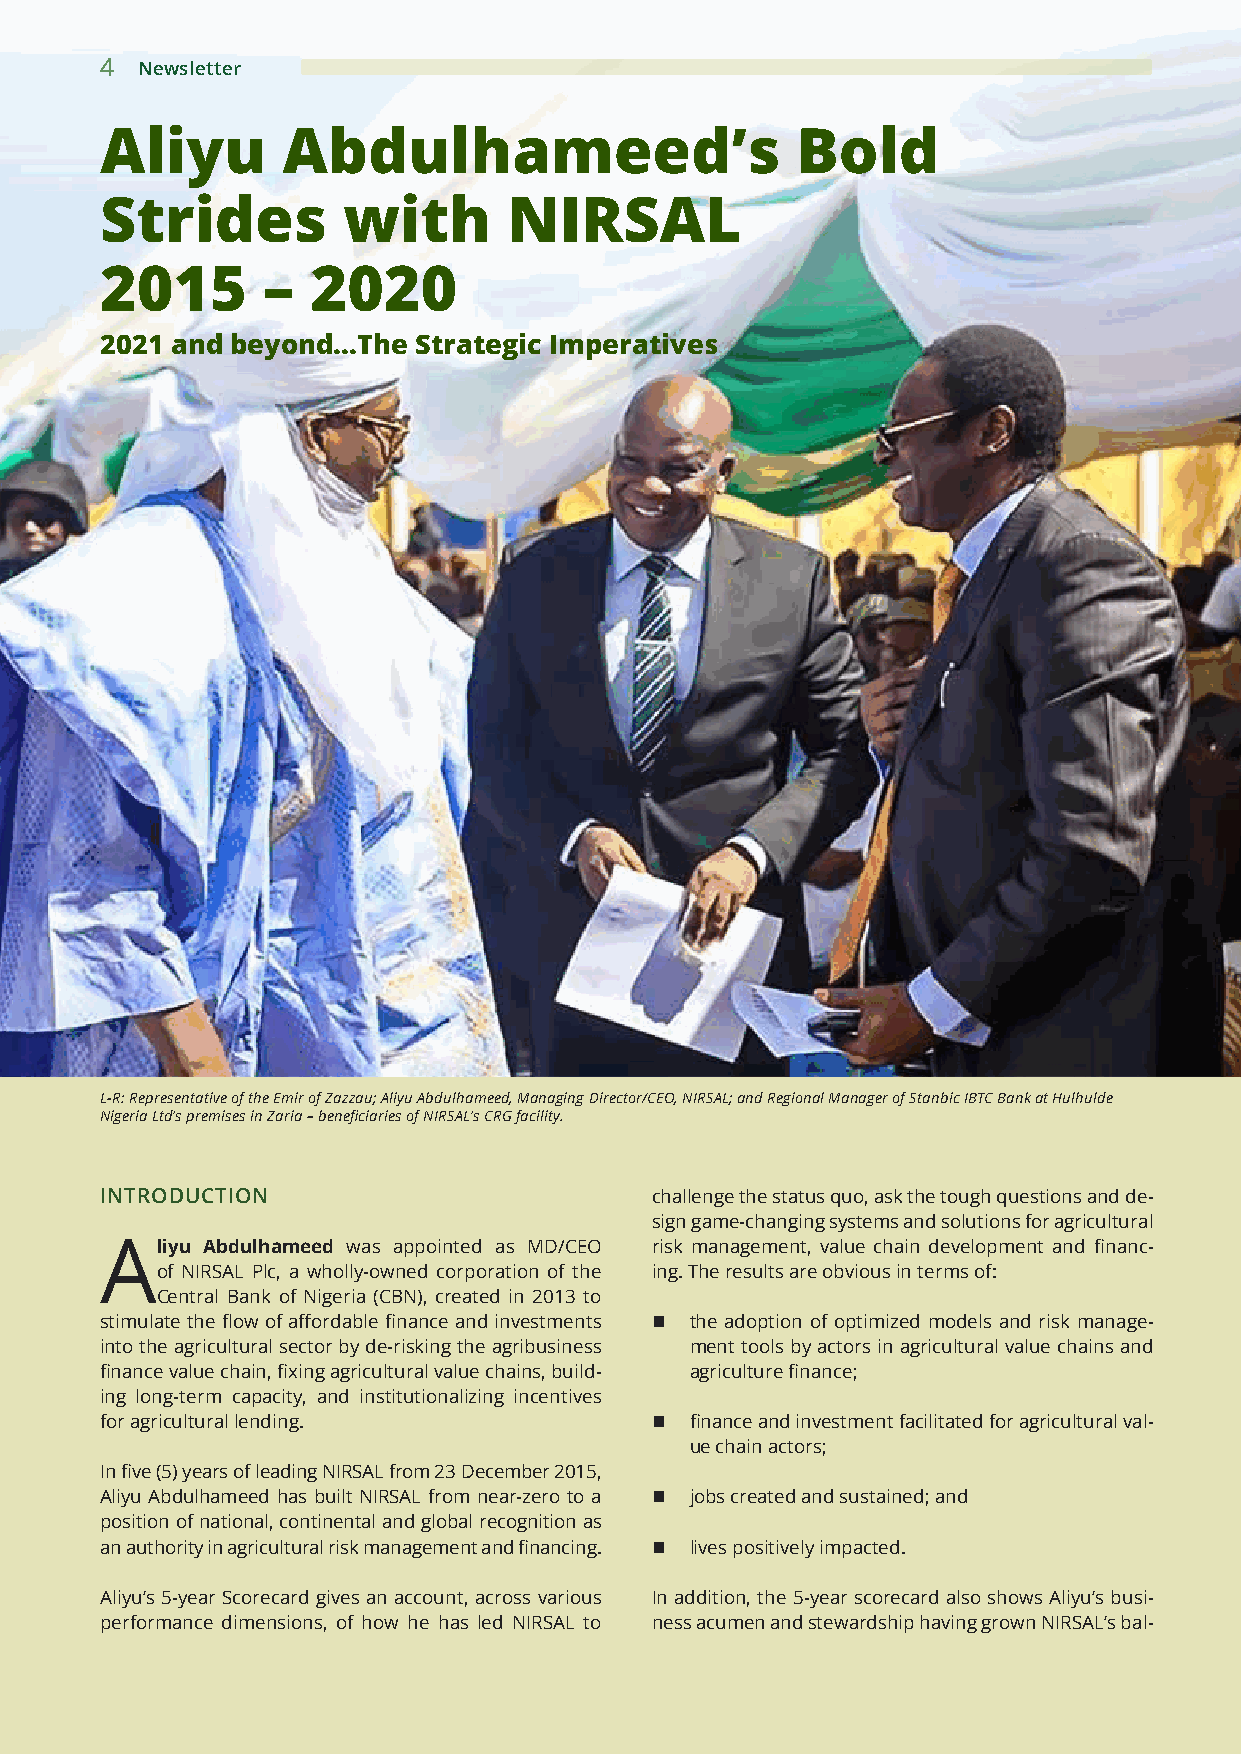
4 Newsletter
 Aliyu       Abdulhameed’s                     Bold
 Strides         with       NIRSAL
 2015      –   2020
 2021 and beyond...The Strategic Imperatives
 L-R: Representative of the Emir of Zazzau; Aliyu Abdulhameed, Managing Director/CEO, NIRSAL; and Regional Manager of Stanbic IBTC Bank at Hulhulde
 Nigeria Ltd’s premises in Zaria – beneficiaries of NIRSAL’s CRG facility.
 INTRODUCTION                        challenge the status quo, ask the tough questions and de-
 sign game-changing systems and solutions for agricultural
 Aliyu Abdulhameed was appointed as MD/CEO risk management, value chain development and financ-
 of NIRSAL Plc, a wholly-owned corporation of the ing. The results are obvious in terms of:
 Central Bank of Nigeria (CBN), created in 2013 to
 stimulate the flow of affordable finance and investments n the adoption of optimized models and risk manage-
 into the agricultural sector by de-risking the agribusiness ment tools by actors in agricultural value chains and
 finance value chain, fixing agricultural value chains, build- agriculture finance;
 ing long-term capacity, and institutionalizing incentives
 for agricultural lending.           n  finance and investment facilitated for agricultural val-
 ue chain actors;
 In five (5) years of leading NIRSAL from 23 December 2015,
 Aliyu Abdulhameed has built NIRSAL from near-zero to a n jobs created and sustained; and
 position of national, continental and global recognition as
 an authority in agricultural risk management and financing. n lives positively impacted.
 Aliyu’s 5-year Scorecard gives an account, across various In addition, the 5-year scorecard also shows Aliyu’s busi-
 performance dimensions, of how he has led NIRSAL to ness acumen and stewardship having grown NIRSAL’s bal-